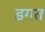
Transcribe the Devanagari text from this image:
डगत